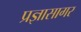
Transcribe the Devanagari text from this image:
प्रज्ञासागर